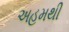
અહમથી